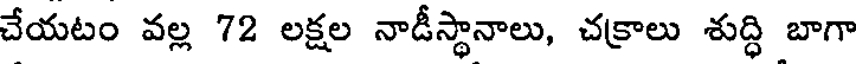
చేయటం వల్ల 72 లక్షల నాడీస్థానాలు, చక్రాలు శుద్ధి బాగా